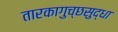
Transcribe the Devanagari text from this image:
तारकागुच्छसुद्धा